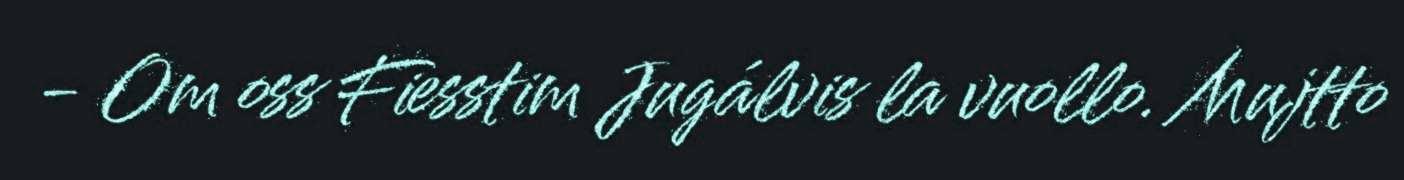
- Om oss Fiesstim Jugálvis la vuollo. Mujtto